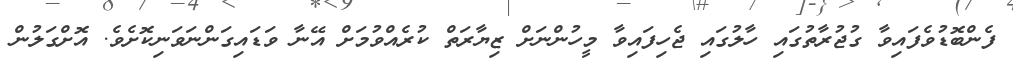
ފެންބޮޑުވެފައިވާ ގުޖުރާތުގައި ހާލުގައި ޖެހިފައިވާ މީހުންނަށް ޒިޔާރަތް ކުރެއްވުމަށް އޭނާ ވަޑައިގަންނަވަނިކޮށެވެ. އޮށްގަލުން